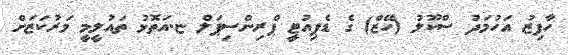
ހާފިޒު އަހުމަދު ސްކޫލު (ހޭޒް) ގެ ޑެޕިއުޓީ ޕްރިންސިޕަލް ޏ.އަތޮޅު ތައުލީމީ މަރުކަޒަށް